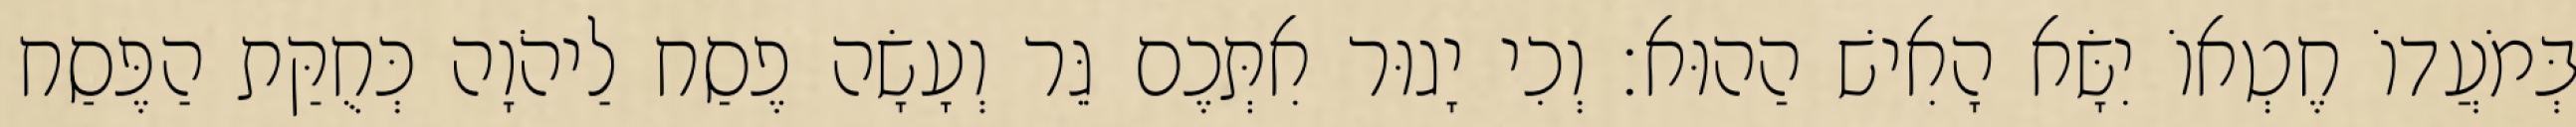
בְּמֹעֲדוֹ חֶטְאוֹ יִשָּׂא הָאִישׁ הַהוּא׃ וְכִי יָגוּר אִתְּכֶם גֵּר וְעָשָׂה פֶסַח לַיהֹוָה כְּחֻקַּת הַפֶּסַח